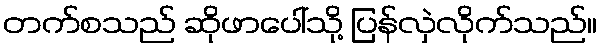
တက်စသည် ဆိုဖာပေါ်သို့ ပြန်လှဲလိုက်သည်။